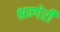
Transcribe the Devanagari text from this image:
श्रन्गेरी